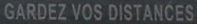
GARDEZ VOS DISTANCES